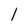
Character: I